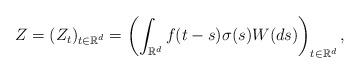
LaTeX: \begin{align*}Z=(Z_t)_{t\in \mathbb{R}^d}=\left(\int_{\mathbb{R}^d}f(t-s)\sigma(s)W(ds) \right)_{t\in \mathbb{R}^d},\end{align*}